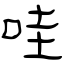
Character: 哇